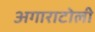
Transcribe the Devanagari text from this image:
अगाराटोली